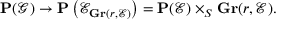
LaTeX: \mathbf { P } ( { \mathcal { G } } ) \to \mathbf { P } \left( { \mathcal { E } } _ { \mathbf { G r } ( r , { \mathcal { E } } ) } \right) = \mathbf { P } ( { \mathcal { E } } ) \times _ { S } \mathbf { G r } ( r , { \mathcal { E } } ) .